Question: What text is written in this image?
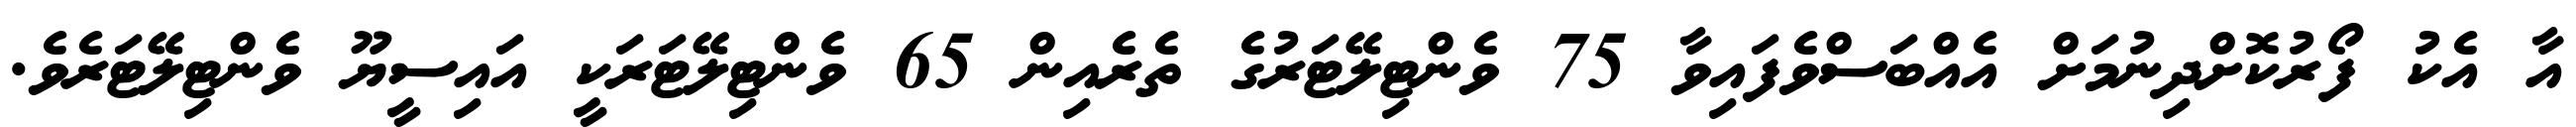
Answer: އާ އެކު ފޯރުކޮށްދިނުމަށް އެއްބަސްވެފައިވާ 75 ވެންޓިލޭޓަރުގެ ތެރެއިން 65 ވެންޓިލޭޓަރަކީ އައިސީޔޫ ވެންޓިލޭޓަރެވެ.